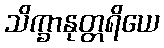
သိက္ခာနုတ္တရိယေ